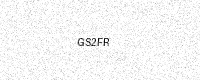
Text: GS2FR